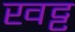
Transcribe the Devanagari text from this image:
खट्ट